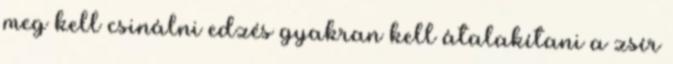
meg kell csinálni edzés gyakran kell átalakítani a zsír